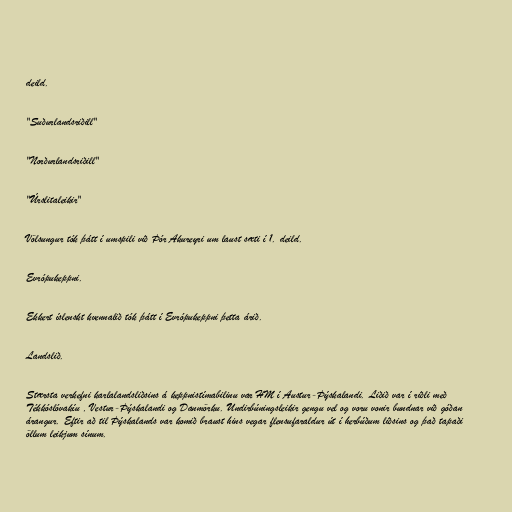
deild.

"Suðurlandsriðill"

"Norðurlandsriðill"

"Úrslitaleikir"

Völsungur tók þátt í umspili við Þór Akureyri um laust sæti í 1. deild.

Evrópukeppni.

Ekkert íslenskt kvennalið tók þátt í Evrópukeppni þetta árið.

Landslið.

Stærsta verkefni karlalandsliðsins á keppnistímabilinu var HM í Austur-Þýskalandi. Liðið var í riðli með
Tékkóslóvakíu , Vestur-Þýskalandi og Danmörku. Undirbúningsleikir gengu vel og voru vonir bundnar við góðan
árangur. Eftir að til Þýskalands var komið braust hins vegar flensufaraldur út í herbúðum liðsins og það tapaði
öllum leikjum sínum.